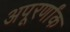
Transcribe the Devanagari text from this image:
अपूरर्णांक